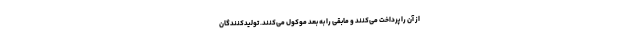
از آن را پرداخت می‌کنند و مابقی را به بعد موکول می‌کنند. تولیدکنندگان